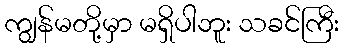
ကျွန်မတို့မှာ မရှိပါဘူး သခင်ကြီး